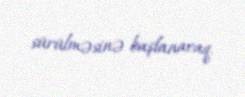
sürülməsinə başlanacaq.